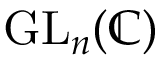
{ \mathrm { G L } } _ { n } ( \mathbb { C } )